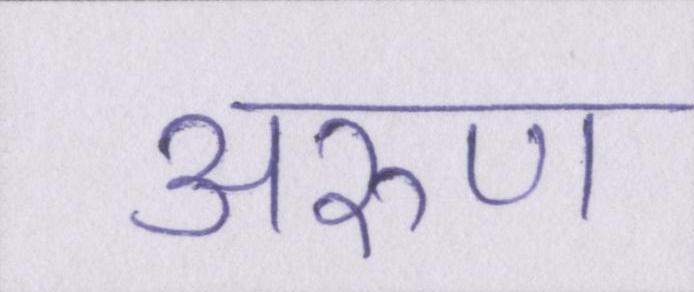
अरुण